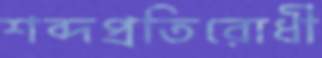
শব্দপ্রতিরোধী